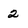
Character: 2